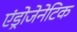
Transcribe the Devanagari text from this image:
एंड्रोजेनेटिक